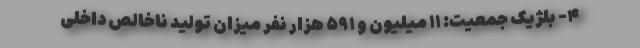
۴- بلژیک جمعیت: ۱۱ میلیون و ۵۹۱ هزار نفر میزان تولید ناخالص داخلی